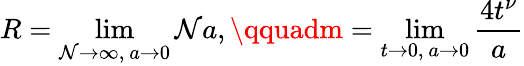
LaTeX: R=\operatorname*{lim}_{\mathcal{N}\to\infty,\ a\to0}\mathcal{N}a,\qquadm=\operatorname*{lim}_{t\to0,\ a\to0}\frac{{4t^{\nu}}}{{a}}